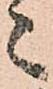
々